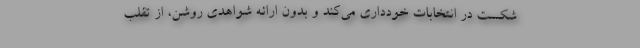
شکست در انتخابات خودداری می‌کند و بدون ارائه شواهدی روشن، از تقلب